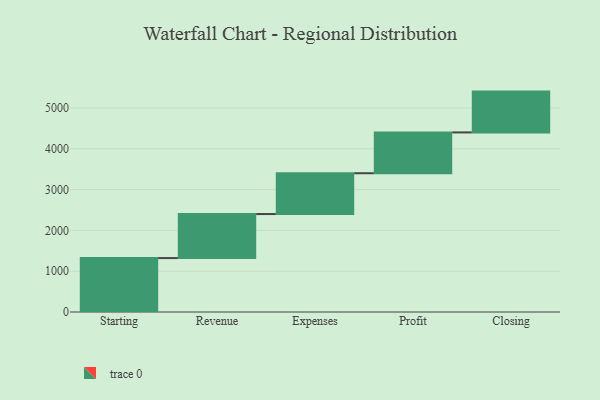
{"axis": {"x": "Step", "y": "Value"}, "legend": [""], "data": [{"x": "Starting", "y": 1321.0, "type": ""}, {"x": "Revenue", "y": 1079.0, "type": ""}, {"x": "Expenses", "y": 1000, "type": ""}, {"x": "Profit", "y": 1000, "type": ""}, {"x": "Closing", "y": 1000, "type": ""}]}